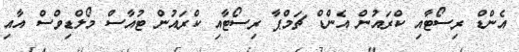
އެންޑް ރިސޯޓާއި ކްރައުން އެންޑް ޗަމްޕާ ރިސޯޓާއި ކްރައުން ޓުއާސް މޯލްޑިވްސް އާއި